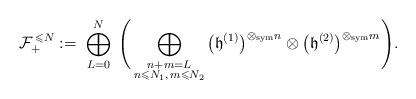
LaTeX: \begin{align*}\mathcal{F}_+^{\,\leqslant N}:=\;\bigoplus_{L=0}^N\;\Bigg(\bigoplus_{\substack{n+m=L \\ n\leqslant N_1,\,m\leqslant N_2}}\big( \mathfrak{h}^{(1)}\big)^{\otimes_{\operatorname{sym}}n} \otimes \big(\mathfrak{h}^{(2)}\big)^{\otimes_{\operatorname{sym}}m}\Bigg).\end{align*}